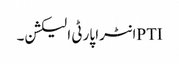
PTIانٹرا پارٹی الیکشن۔